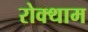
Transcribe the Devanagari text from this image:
रोक्थाम